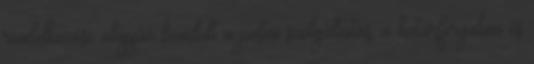
rendelkezése alapján beindult a postai szolgáltatás, a határforgalom és